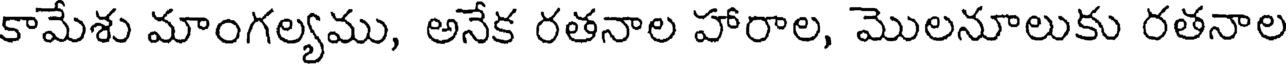
కామేశు మాంగల్యము, అనేక రతనాల హారాల, మొలనూలుకు రతనాల